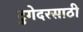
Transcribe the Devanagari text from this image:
टुगेदरसाठी